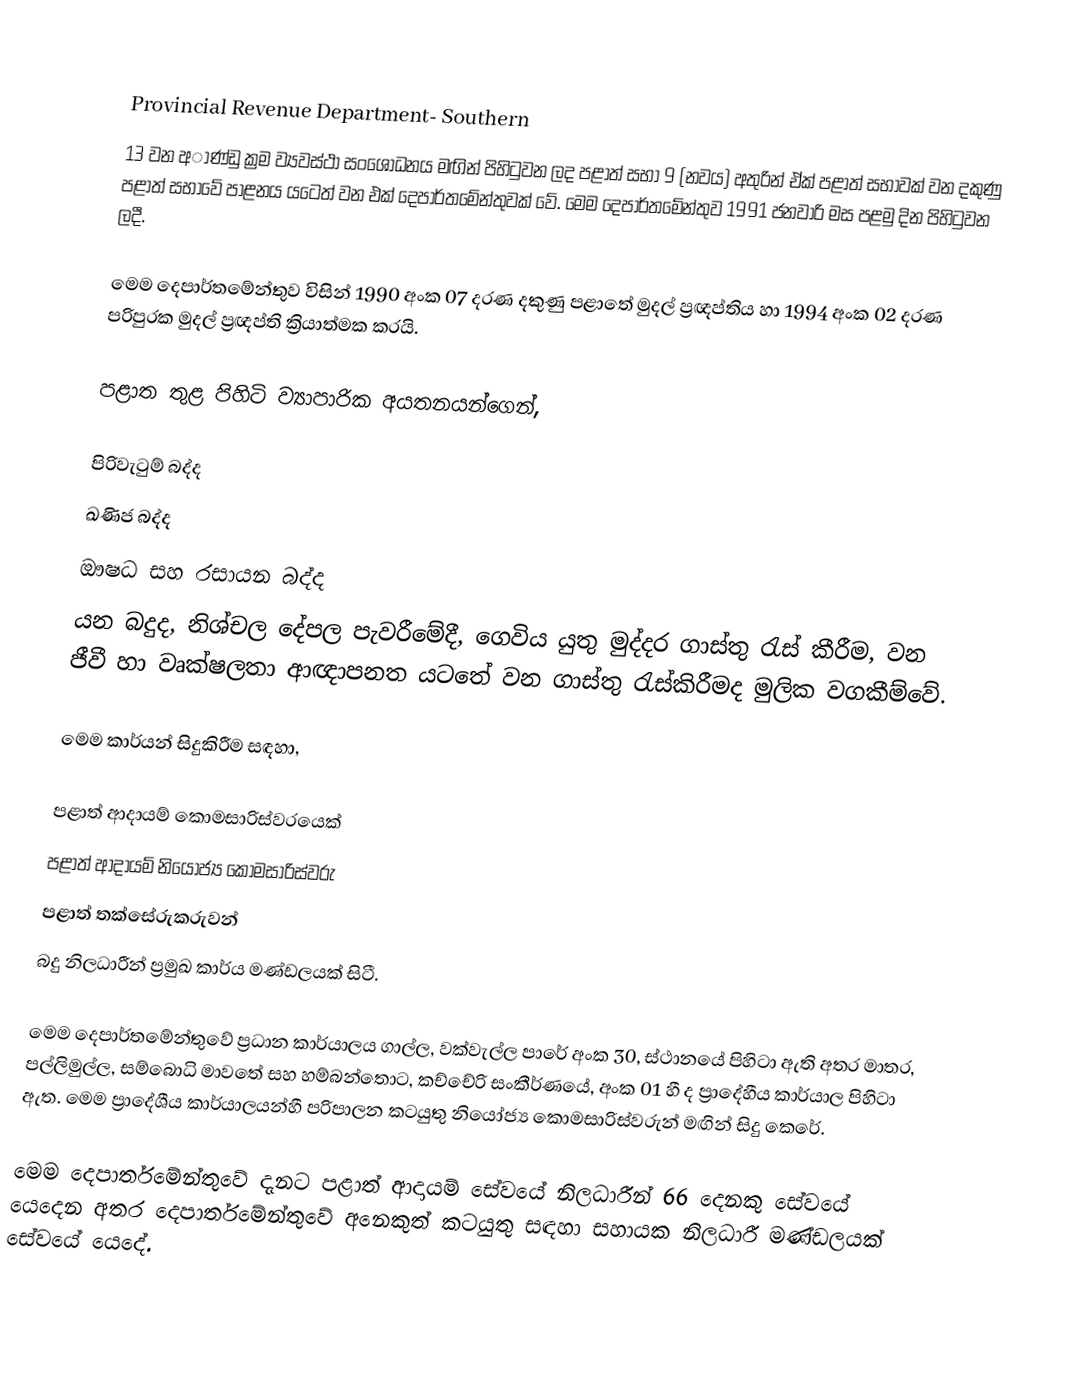

Provincial Revenue Department- Southern
13 වන අාණ්ඩු ක්‍රම ව්‍යවස්ථා සංශෝධනය මඟින් පිහිටුවන ලද පළාත් සභා 9 (නවය) අතුරින් ඒක් පළාත් සභාවක් වන දකුණු පළාත් සභාවේ පාළනය යටෙත් වන එක් දෙපාර්තමේන්තුවක් වේ. මෙම දෙපාර්තමේන්තුව 1991 ජනවාරි මස පළමු දින පිහිටුවන ලදී.

මෙම දෙපාර්තමේන්තුව විසින් 1990 අංක 07 දරණ දකුණු පළාතේ මුදල් ප්‍රඥප්තිය හා 1994 අංක 02 දරණ පරිපුරක මුදල් ප්‍රඥප්ති ක්‍රියාත්මක කරයි.

පළාත තුළ පිහිටි ව්‍යාපාරික අයතනයන්ගෙන්,

	පිරිවැටුම් බද්ද
	ඛණිජ බද්ද
	ඖෂධ සහ රසායන බද්ද
යන බදුද, නිශ්චල දේපල පැවරීමේදී, ගෙවිය යුතු මුද්දර ගාස්තු රැස් කීරීම, වන ජීවී හා වෘක්ෂලතා ආඥාපනත යටතේ වන ගාස්තු රැස්කිරීමද මුලික වගකීම්වේ.

මෙම කාර්යන් සිදුකිරීම සඳහා,

පළාත් ආදායම් කොමසාරිස්වරයෙක්
 පළාත් ආදායම් නියෝජ්‍ය කොමසාරිස්වරු
 පළාත් තක්සේරුකරුවන්
 බදු නිලධාරීන් ප්‍රමුඛ කාර්ය මණ්ඩලයක් සිටී.

මෙම දෙපාර්තමේන්තුවේ ප්‍රධාන කාර්යාලය ගාල්ල, වක්වැල්ල පාරේ අංක 30, ස්ථානයේ පිහිටා ඇති අතර මාතර, පල්ලිමුල්ල, සම්බොධි මාවතේ සහ හම්බන්තොට, කච්චේරි සංකීර්ණයේ, අංක 01 හී ද ප්‍රාදේහීය කාර්යාල පිහිටා ඇත. මෙම ප්‍රාදේශීය කාර්යාලයන්හී පරිපාලන කටයුතු නියෝජ්‍ය කොමසාරිස්වරුන් මඟින් සිදු කෙරේ.

මෙම දෙපාර්තමේන්තුවේ දැනට පළාත් ආදායම් සේවයේ නිලධාරීන් 66 දෙනකු සේවයේ යෙදෙන අතර දෙපාර්තමේන්තුවේ අනෙකුත් කටයුතු සඳහා සහායක නිලධාරී මණ්ඩලයක් සේවයේ යෙදේ.